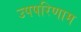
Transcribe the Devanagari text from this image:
उपपरिणाम